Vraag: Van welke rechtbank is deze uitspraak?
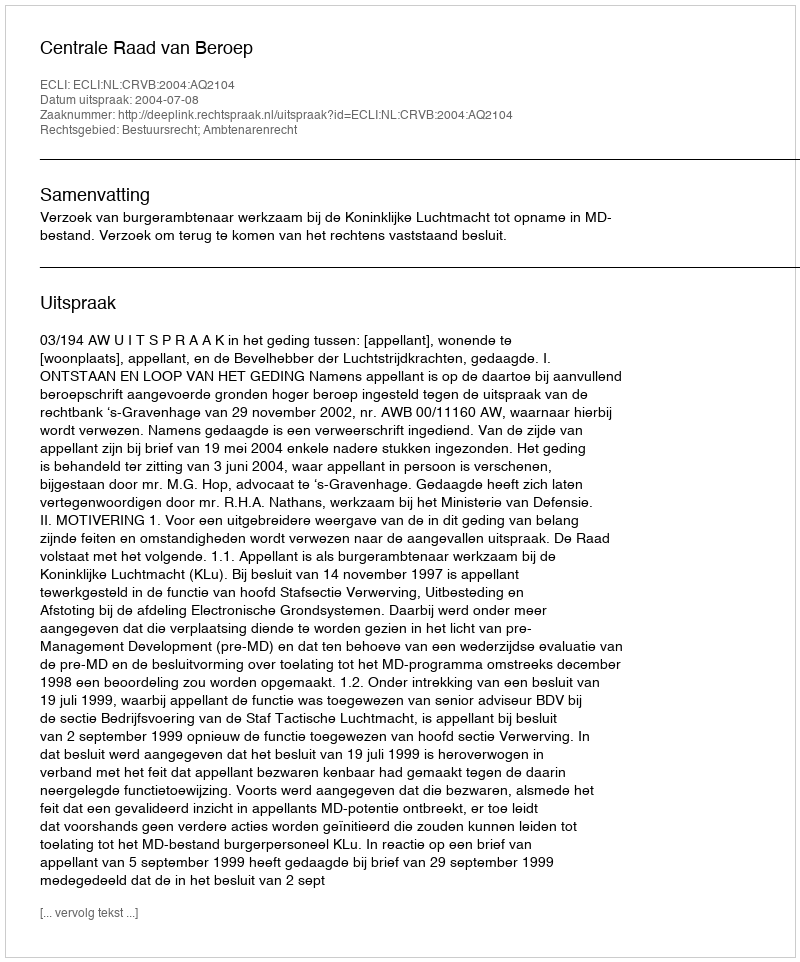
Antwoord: Centrale Raad van Beroep